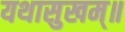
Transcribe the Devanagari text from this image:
यथासुखम्॥